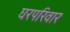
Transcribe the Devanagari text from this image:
घरपरिवार